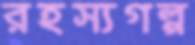
রহস্যগল্প